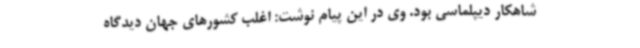
شاهکار دیپلماسی بود. وی در این پیام نوشت: اغلب کشورهای جهان دیدگاه